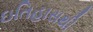
ઇતિહાસથી